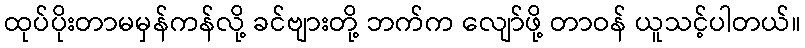
ထုပ်ပိုးတာမမှန်ကန်လို့ ခင်ဗျားတို့ ဘက်က လျော်ဖို့ တာဝန် ယူသင့်ပါတယ်။